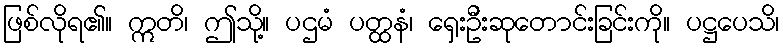
ဖြစ်လိုရ၏။ ဣတိ၊ ဤသို့။ ပဌမံ ပတ္ထနံ၊ ရှေးဦးဆုတောင်းခြင်းကို။ ပဋ္ဌပေသိ၊